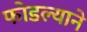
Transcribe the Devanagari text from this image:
फोडल्याने